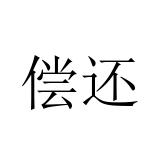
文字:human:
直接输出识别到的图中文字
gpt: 偿还